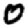
Digit: 0